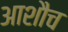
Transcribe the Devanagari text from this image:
आशौच